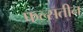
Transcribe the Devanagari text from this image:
फल्सतीन